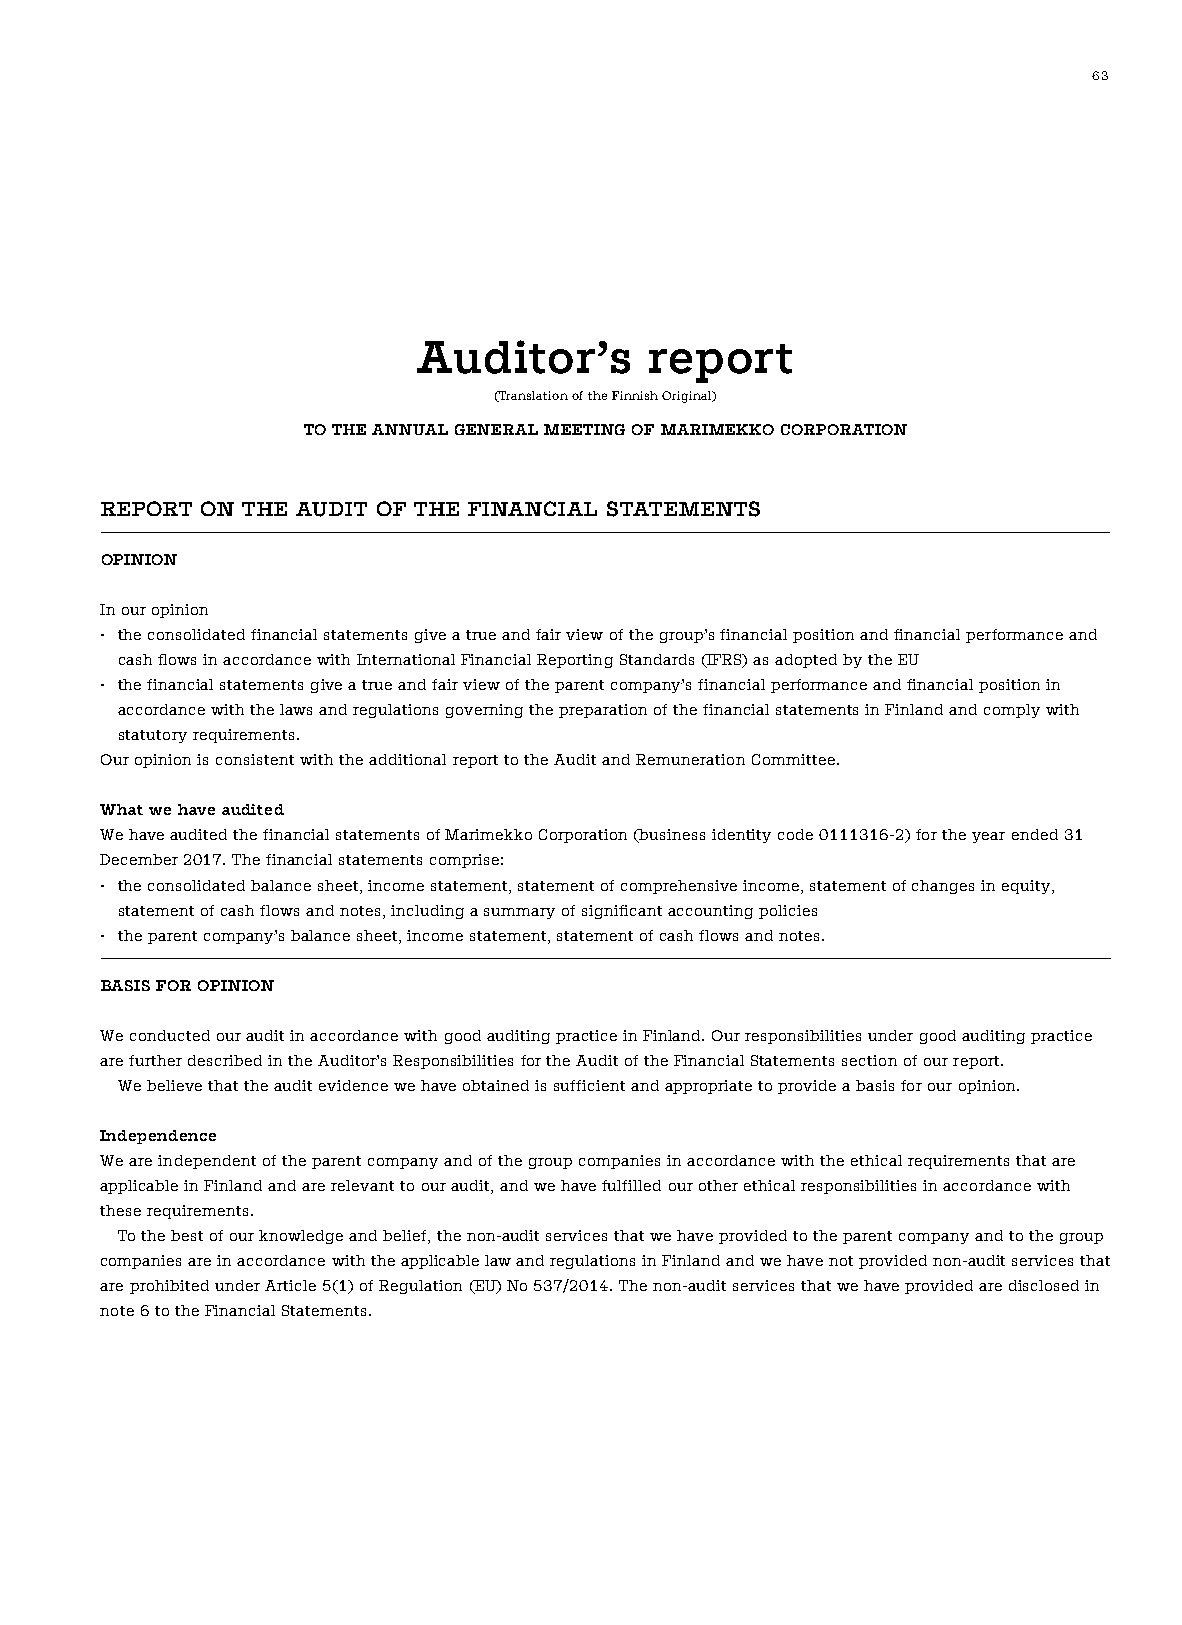
63
 Auditor’s      report
 (Translation of the Finnish Original)
 TO THE ANNUAL GENERAL MEETING OF MARIMEKKO CORPORATION
 REPORT ON THE AUDIT OF THE FINANCIAL STATEMENTS
 OPINION
 In our opinion
 • the consolidated financial statements give a true and fair view of the group’s financial position and financial performance and
 cash flows in accordance with International Financial Reporting Standards (IFRS) as adopted by the EU
 • the financial statements give a true and fair view of the parent company’s financial performance and financial position in
 accordance with the laws and regulations governing the preparation of the financial statements in Finland and comply with
 statutory requirements.
 Our opinion is consistent with the additional report to the Audit and Remuneration Committee.
 What we have audited
 We have audited the financial statements of Marimekko Corporation (business identity code 0111316-2) for the year ended 31
 December 2017. The financial statements comprise:
 • the consolidated balance sheet, income statement, statement of comprehensive income, statement of changes in equity,
 statement of cash flows and notes, including a summary of significant accounting policies
 • the parent company’s balance sheet, income statement, statement of cash flows and notes.
 BASIS FOR OPINION
 We conducted our audit in accordance with good auditing practice in Finland. Our responsibilities under good auditing practice
 are further described in the Auditor’s Responsibilities for the Audit of the Financial Statements section of our report.
 We believe that the audit evidence we have obtained is sufficient and appropriate to provide a basis for our opinion.
 Independence
 We are independent of the parent company and of the group companies in accordance with the ethical requirements that are
 applicable in Finland and are relevant to our audit, and we have fulfilled our other ethical responsibilities in accordance with
 these requirements.
 To the best of our knowledge and belief, the non-audit services that we have provided to the parent company and to the group
 companies are in accordance with the applicable law and regulations in Finland and we have not provided non-audit services that
 are prohibited under Article 5(1) of Regulation (EU) No 537/2014. The non-audit services that we have provided are disclosed in
 note 6 to the Financial Statements.